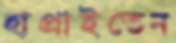
হাপ্‌রাইতেন